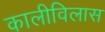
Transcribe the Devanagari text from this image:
कालीविलास